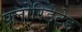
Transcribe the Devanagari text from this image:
फ्लोरिडेटेड